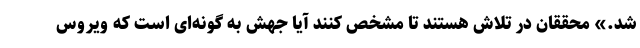
شد.» محققان در تلاش هستند تا مشخص کنند آیا جهش به گونه‌ای است که ویروس